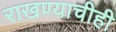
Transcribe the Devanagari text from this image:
राखण्याचीही